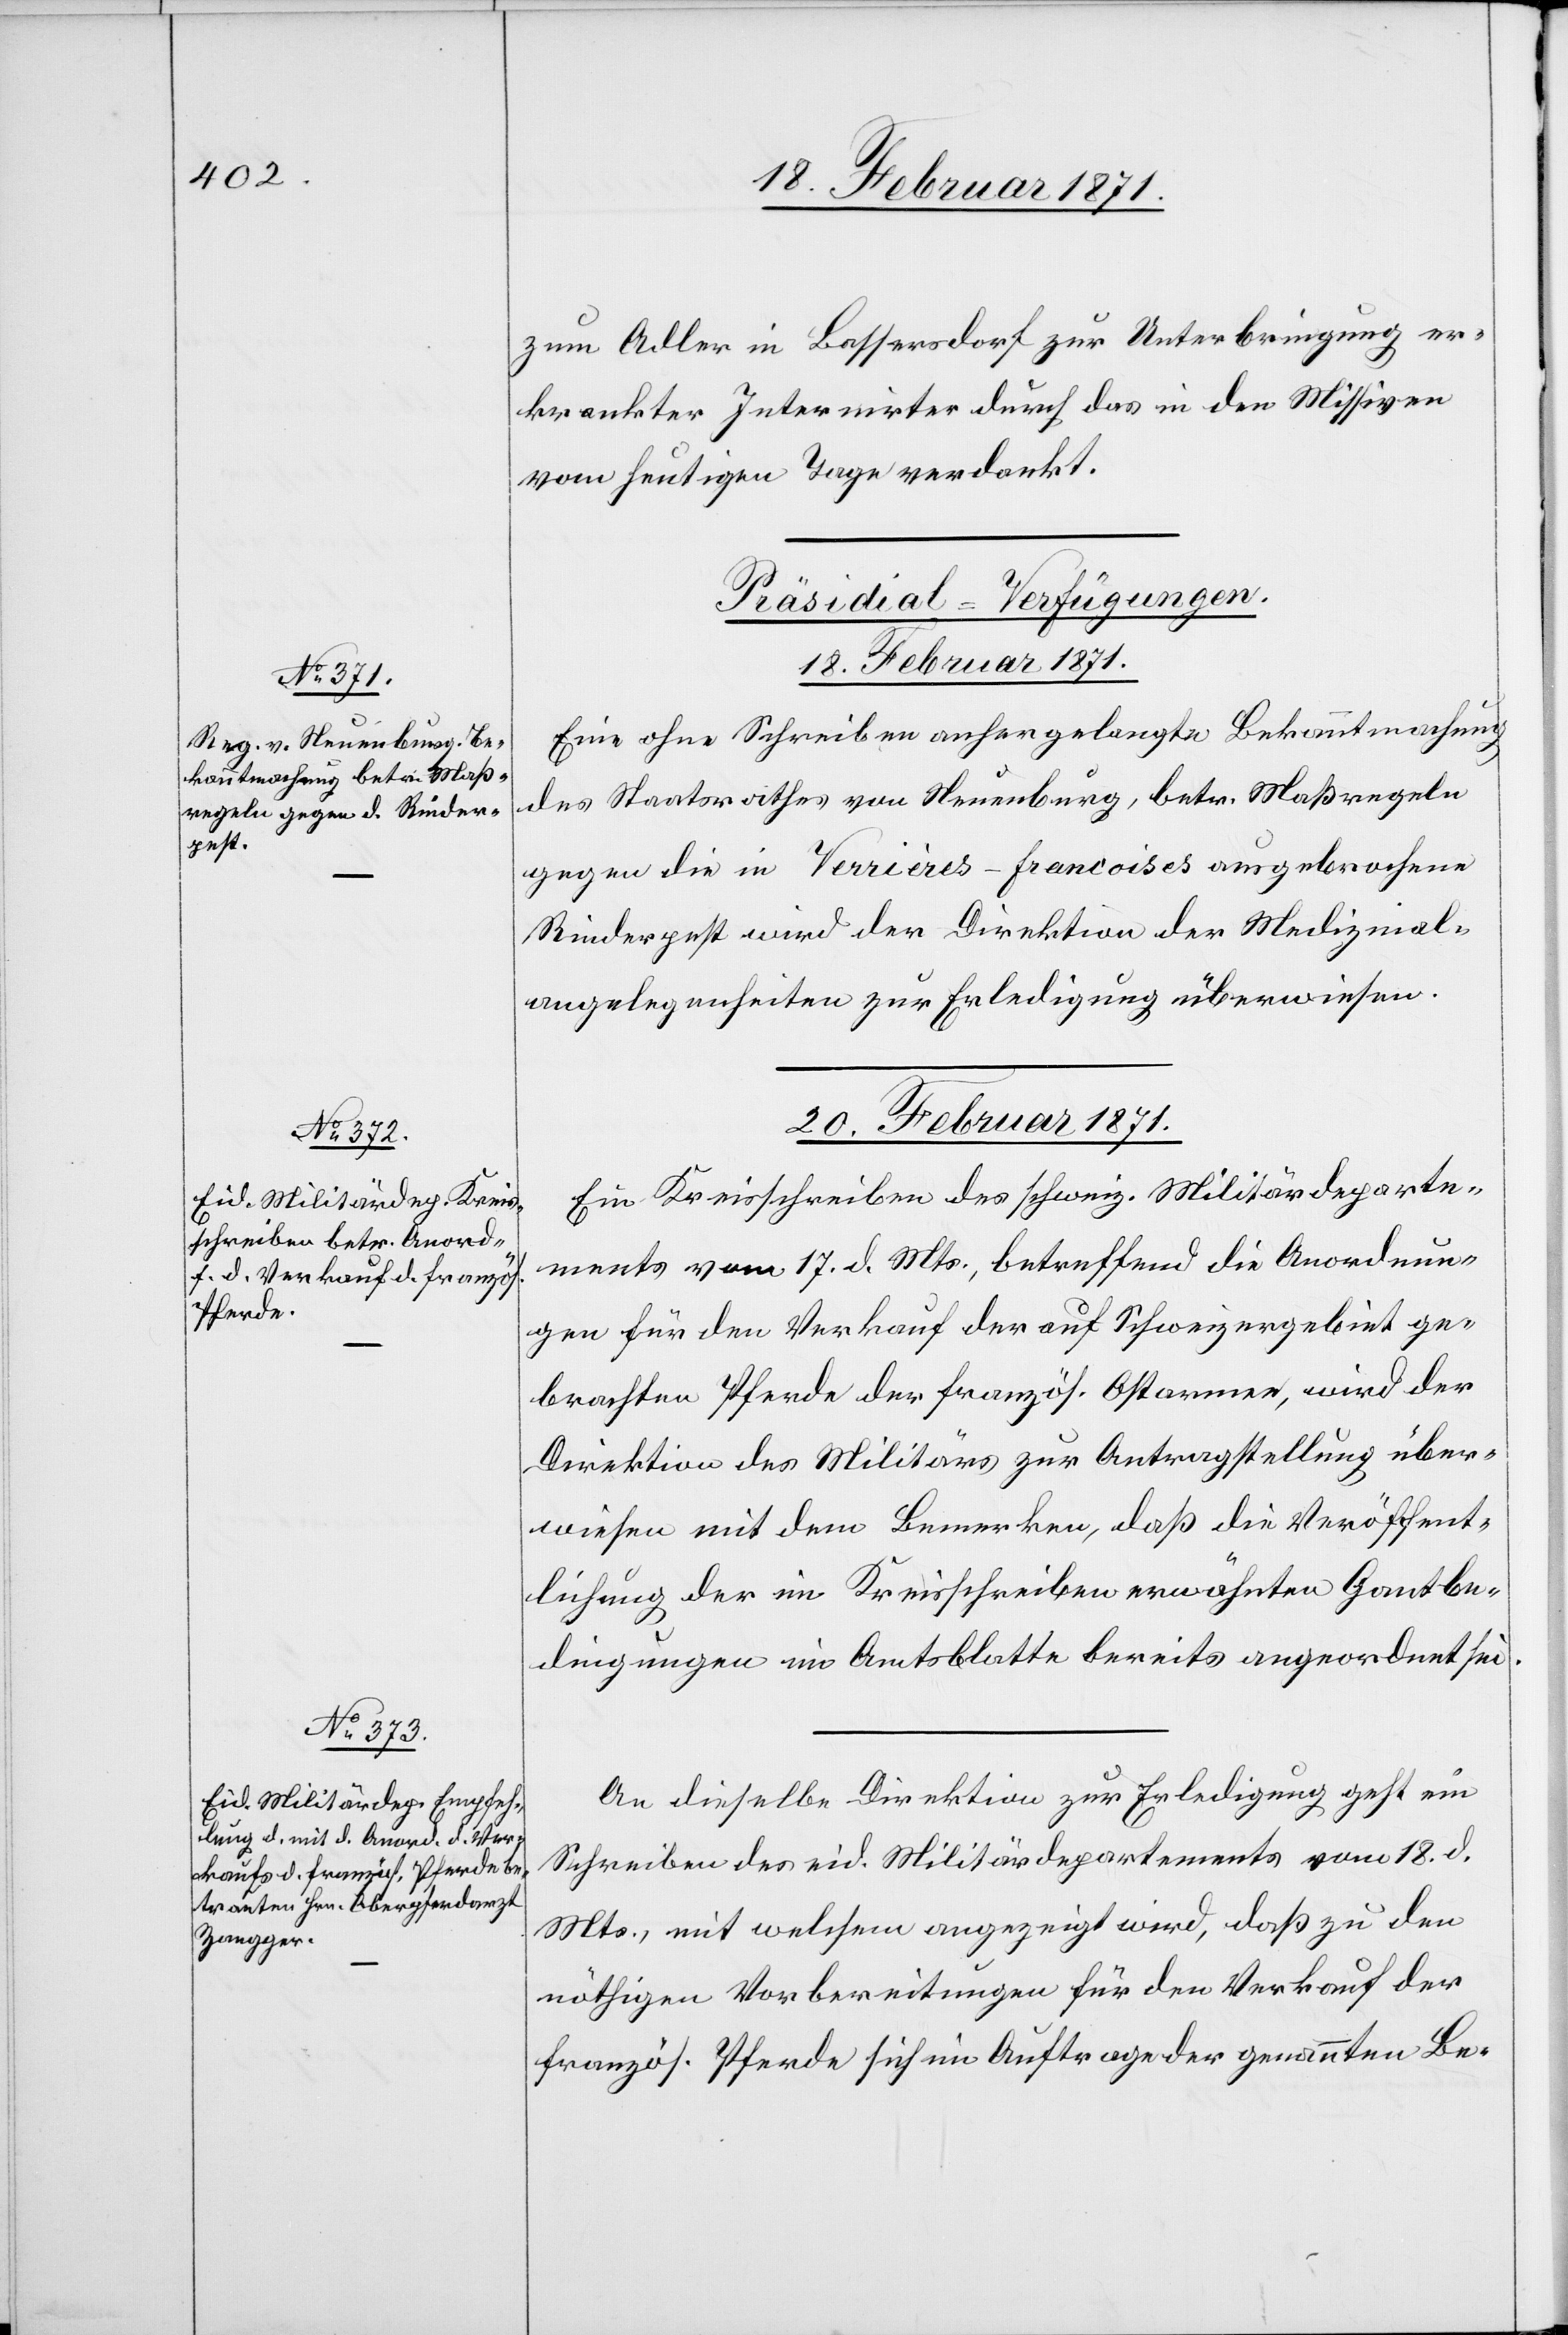
20. Februar 1871.]
zum Adler in Bassersdorf zur Unterbringung er¬
krankter Internirter durch das in den Missiven
vom heutigen Tage verdankt
[Präsidial-Verfügungen
18. Februar 1871.
Eine ohne Schreiben anhergelangte Bekanntmachung
des Staatsrathes von Neuenburg, betr. Maßregeln
gegen die in Verrières-francoises ausgebrochene
Rinderpest wird der Direktion der Medizinal¬
angelegenheiten zur Erledigung überwiesen.
Ein Kreisschreiben des schweiz. Militärdeparte¬
ments vom 17. d. Mts., betreffend die Anordnun¬
gen für den Verkauf der auf Schweizergebiet ge¬
brachten Pferde der französ. Ostarmee, wird der
Direktion des Militärs zur Antragstellung über¬
wiesen mit dem Bemerken, daß die Veröffent¬
lichung der im Kreisschreiben erwähnten Gantbe¬
dingungen im Amtsblatte bereits angeordnet sei.
An dieselbe Direktion zur Erledigung geht ein
Schreiben des eid. Militärdepartements vom 18. d.
Mts., mit welchem angezeigt wird, daß zu den
nöthigen Vorbereitungen für den Verkauf der
französ. Pferde sich im Auftrage der genannten Be-